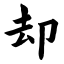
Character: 却